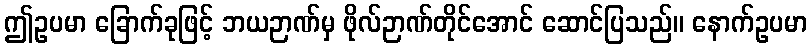
ဤဥပမာ ခြောက်ခုဖြင့် ဘယဉာဏ်မှ ဖိုလ်ဉာဏ်တိုင်အောင် ဆောင်ပြသည်။ နောက်ဥပမာ